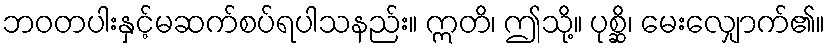
ဘဝတပါးနှင့်မဆက်စပ်ရပါသနည်း။ ဣတိ၊ ဤသို့။ ပုစ္ဆိ၊ မေးလျှောက်၏။